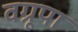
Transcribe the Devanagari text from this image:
वग्रूपा